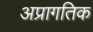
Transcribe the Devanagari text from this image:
अप्रागतिक